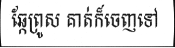
ឆ្កែព្រូស គាត់ក៏ចេញទៅ